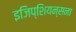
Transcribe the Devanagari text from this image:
इजिप्शियन्सना